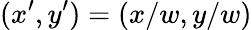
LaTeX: (x^{\prime},y^{\prime})=(x/w,y/w)